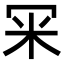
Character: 冞